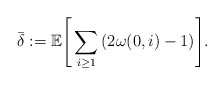
\begin{align*} \bar{\delta}:=\mathbb{E}\Bigg[\sum_{i\geq1}{(2\omega(0,i)-1)}\Bigg]. \end{align*}